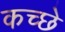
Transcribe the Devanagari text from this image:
कच्छे